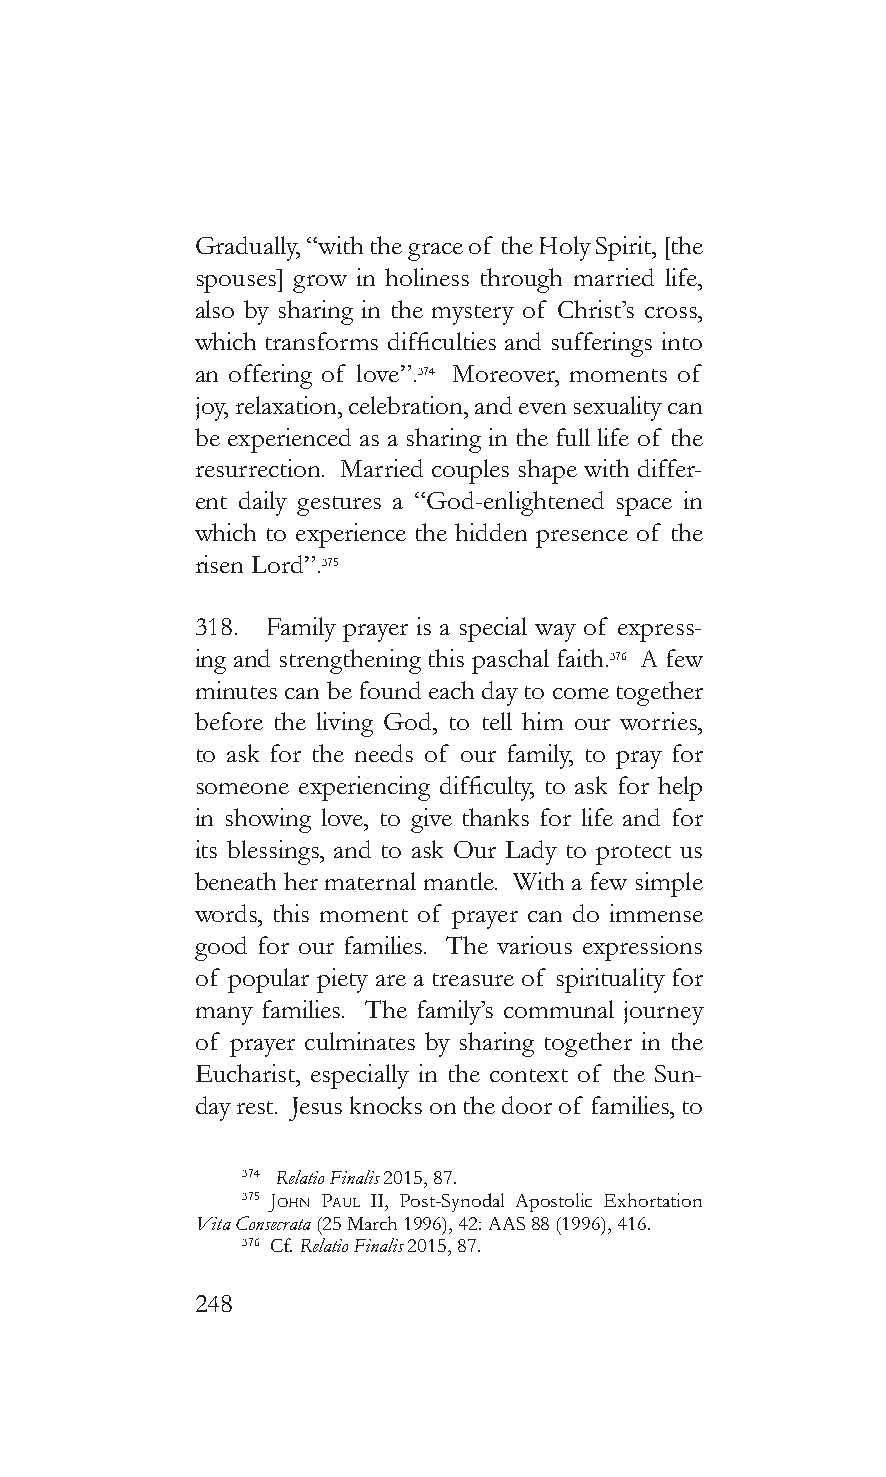
Gradually, “with the grace of the Holy Spirit, [the
 spouses] grow in holiness through married life,
 also by sharing in the mystery of Christ’s cross,
 which transforms difficulties and sufferings into
 an offering of love”.374 Moreover, moments of
 joy, relaxation, celebration, and even sexuality can
 be experienced as a sharing in the full life of the
 resurrection. Married couples shape with differ-
 ent daily gestures a “God-enlightened space in
 which to experience the hidden presence of the
 risen Lord”.375
 318. Family prayer is a special way of express-
 ing and strengthening this paschal faith.376 A few
 minutes can be found each day to come together
 before the living God, to tell him our worries,
 to ask for the needs of our family, to pray for
 someone experiencing difficulty, to ask for help
 in showing love, to give thanks for life and for
 its blessings, and to ask Our Lady to protect us
 beneath her maternal mantle. With a few simple
 words, this moment of prayer can do immense
 good for our families. The various expressions
 of popular piety are a treasure of spirituality for
 many families. The family’s communal journey
 of prayer culminates by sharing together in the
 Eucharist, especially in the context of the Sun-
 day rest. Jesus knocks on the door of families, to
 374 Relatio Finalis 2015, 87.
 375 John pauL II, Post-Synodal Apostolic Exhortation
 Vita Consecrata (25 March 1996), 42: AAS 88 (1996), 416.
 376 Cf. Relatio Finalis 2015, 87.
 248